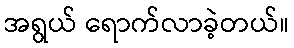
အရွယ် ရောက်လာခဲ့တယ်။